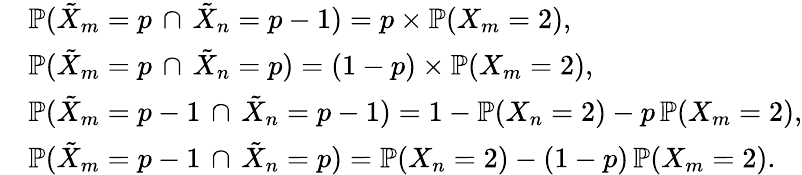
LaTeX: \begin{array}{rl}&{\mathbb{P}(\tilde{X}_{m}=p\, \cap\, \tilde{X}_{n}=p-1)=p\times\mathbb{P}(X_{m}=2),}\\ &{\mathbb{P}(\tilde{X}_{m}=p\, \cap\, \tilde{X}_{n}=p)=(1-p)\times\mathbb{P}(X_{m}=2),}\\ &{\mathbb{P}(\tilde{X}_{m}=p-1\, \cap\, \tilde{X}_{n}=p-1)=1-\mathbb P(X_{n}=2)-p\, \mathbb{P}(X_{m}=2),}\\ &{\mathbb{P}(\tilde{X}_{m}=p-1\, \cap\, \tilde{X}_{n}=p)=\mathbb P(X_{n}=2)-(1-p)\, \mathbb P(X_{m}=2).}\end{array}